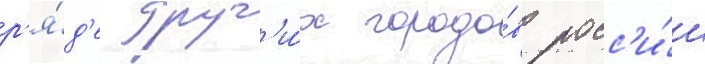
р'я́д'е друг'и́х городо́в росс'и́и